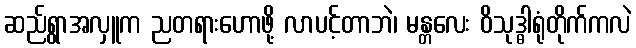
ဆည်ရွာအလှူက ညတရားဟောဖို့ လာပင့်တာဘဲ၊ မန္တလေး ဝိသုဒ္ဓါရုံတိုက်ကလဲ